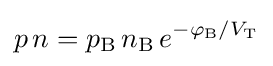
p\,n=p_{\text{B}}\,n_{\text{B}}\,e^{-\varphi _{\text{B}}/V_{\text{T}}}